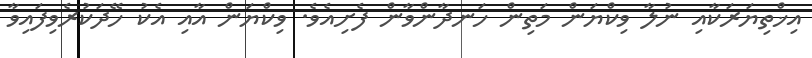
އިޚްތިޔަރަކާއި ނުލާ ވިކްޔަން މަތިން ހަނދާންވާން ފެށިއެވެ. ވިކްޔަން އާއި އެކު ހޭދަކުރެވިފައިވާ